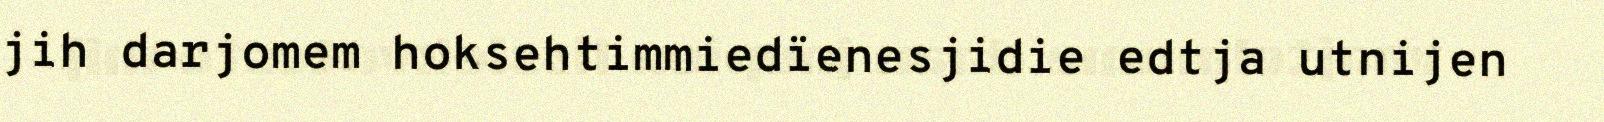
jih darjomem hoksehtimmiedïenesjidie edtja utnijen